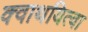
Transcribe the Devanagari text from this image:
क्वाथयित्वा